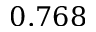
0 . 7 6 8